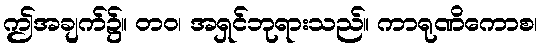
ဤအချက်၌။ တဝ၊ အရှင်ဘုရားသည်။ ကာရုဏိကောစ၊